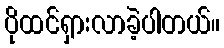
ပိုထင်ရှားလာခဲ့ပါတယ်။